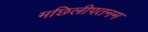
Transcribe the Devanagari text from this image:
मछिलीपतनम